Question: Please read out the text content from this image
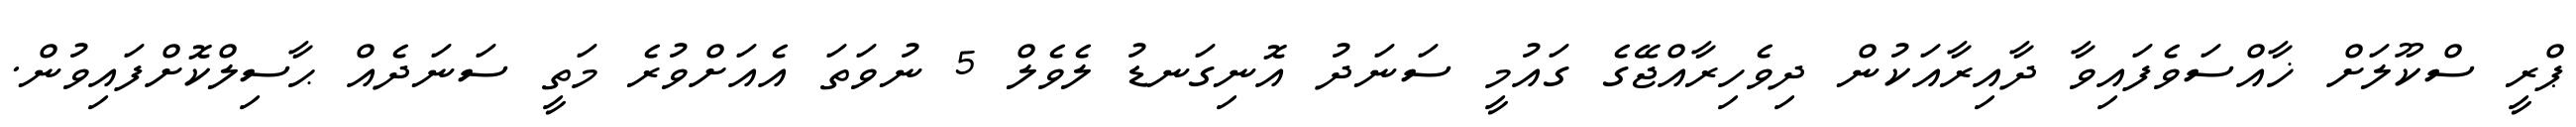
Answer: ޕްރީ ސްކޫލަށް ޚާއްސަވެފައިވާ ދާއިރާއަކުން ދިވެހިރާއްޖޭގެ ގައުމީ ސަނަދު އޮނިގަނޑު ލެވެލް 5 ނުވަތަ އެއަށްވުރެ މަތީ ސަނަދެއް ޙާސިލްކޮށްފައިވުން.